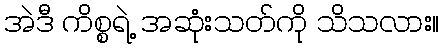
အဲဒီ ကိစ္စရဲ့ အဆုံးသတ်ကို သိသလား။